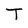
Character: T